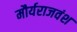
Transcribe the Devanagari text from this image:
मौर्यराजवंश